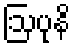
ဩပုနိ